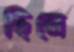
ছিনে